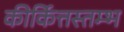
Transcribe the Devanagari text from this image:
कीर्कित्तस्तम्भ